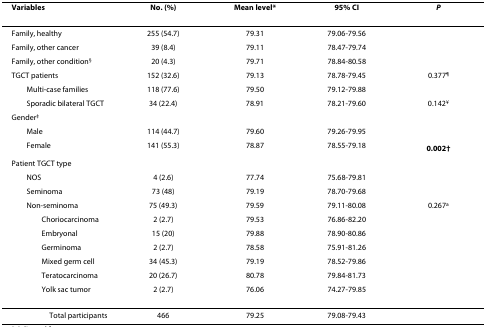
<table><thead><tr><td><b>Variables</b></td><td><b>No. (%)</b></td><td><b>Mean level*</b></td><td><b>95% CI</b></td><td><b><i>P</i></b></td></tr></thead><tbody><tr><td>Family, healthy</td><td>255 (54.7)</td><td>79.31</td><td>79.06-79.56</td><td></td></tr><tr><td>Family, other cancer</td><td>39 (8.4)</td><td>79.11</td><td>78.47-79.74</td><td></td></tr><tr><td>Family, other condition<sup>§</sup></td><td>20 (4.3)</td><td>79.71</td><td>78.84-80.58</td><td></td></tr><tr><td>TGCT patients</td><td>152 (32.6)</td><td>79.13</td><td>78.78-79.45</td><td>0.377<sup>¶</sup></td></tr><tr><td> Multi-case families</td><td>118 (77.6)</td><td>79.50</td><td>79.12-79.88</td><td></td></tr><tr><td> Sporadic bilateral TGCT</td><td>34 (22.4)</td><td>78.91</td><td>78.21-79.60</td><td>0.142<sup>¥</sup></td></tr><tr><td>Gender<sup>‡</sup></td><td></td><td></td><td></td><td></td></tr><tr><td> Male</td><td>114 (44.7)</td><td>79.60</td><td>79.26-79.95</td><td></td></tr><tr><td> Female</td><td>141 (55.3)</td><td>78.87</td><td>78.55-79.18</td><td><b>0.002<sup>†</sup></b></td></tr><tr><td>Patient TGCT type</td><td></td><td></td><td></td><td></td></tr><tr><td> NOS</td><td>4 (2.6)</td><td>77.74</td><td>75.68-79.81</td><td></td></tr><tr><td> Seminoma</td><td>73 (48)</td><td>79.19</td><td>78.70-79.68</td><td></td></tr><tr><td> Non-seminoma</td><td>75 (49.3)</td><td>79.59</td><td>79.11-80.08</td><td>0.267<sup>a</sup></td></tr><tr><td>Choriocarcinoma</td><td>2 (2.7)</td><td>79.53</td><td>76.86-82.20</td><td></td></tr><tr><td>Embryonal</td><td>15 (20)</td><td>79.88</td><td>78.90-80.86</td><td></td></tr><tr><td>Germinoma</td><td>2 (2.7)</td><td>78.58</td><td>75.91-81.26</td><td></td></tr><tr><td>Mixed germ cell</td><td>34 (45.3)</td><td>79.19</td><td>78.52-79.86</td><td></td></tr><tr><td>Teratocarcinoma</td><td>20 (26.7)</td><td>80.78</td><td>79.84-81.73</td><td></td></tr><tr><td>Yolk sac tumor</td><td>2 (2.7)</td><td>76.06</td><td>74.27-79.85</td><td></td></tr><tr><td>Total participants</td><td>466</td><td>79.25</td><td>79.08-79.43</td><td></td></tr></tbody></table>